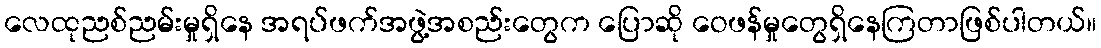
လေထုညစ်ညမ်းမှုရှိနေ အရပ်ဖက်အဖွဲ့အစည်းတွေက ပြောဆို ဝေဖန်မှုတွေရှိနေကြတာဖြစ်ပါတယ်။